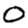
Digit: 0